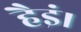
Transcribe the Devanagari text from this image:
हैइं।